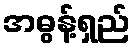
အဓွန့်ရှည်